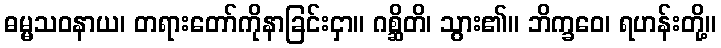
ဓမ္မသဝနာယ၊ တရားတော်ကိုနာခြင်းငှာ။ ဂစ္ဆိတိ၊ သွား၏။ ဘိက္ခဝေ၊ ရဟန်းတို့။